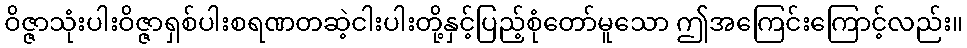
ဝိဇ္ဇာသုံးပါးဝိဇ္ဇာရှစ်ပါးစရဏတဆဲ့ငါးပါးတို့နှင့်ပြည့်စုံတော်မူသော ဤအကြေင်းကြောင့်လည်း။